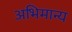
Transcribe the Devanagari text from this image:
अभिमान्य